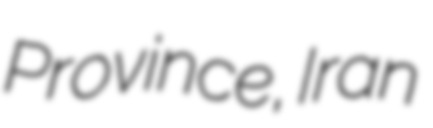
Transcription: Province, Iran